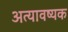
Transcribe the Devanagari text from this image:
अत्यावष्यक